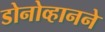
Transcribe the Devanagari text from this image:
डोनोव्हानने